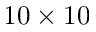
1 0 \times 1 0